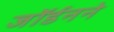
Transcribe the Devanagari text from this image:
जॉर्डनने